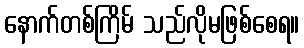
နောက်တစ်ကြိမ် သည်လိုမဖြစ်စေရ။